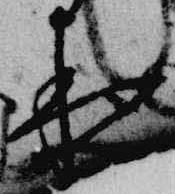
夜